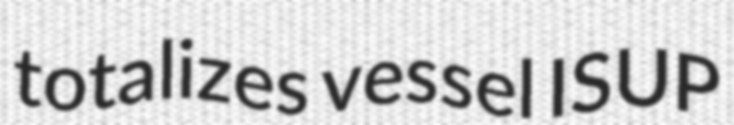
totalizes vessel ISUP